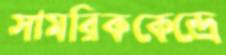
সামরিককেন্দ্রে